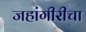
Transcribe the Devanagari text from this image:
जहांगीरीचा